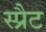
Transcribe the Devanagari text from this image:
स्प्रैट